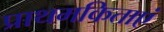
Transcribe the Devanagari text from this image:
प्राथमकिताएं